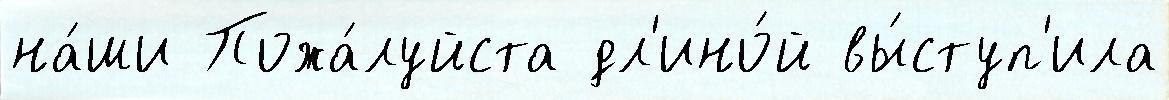
на́ши Пожа́луйста дл'ино́й вы́ступ'ила